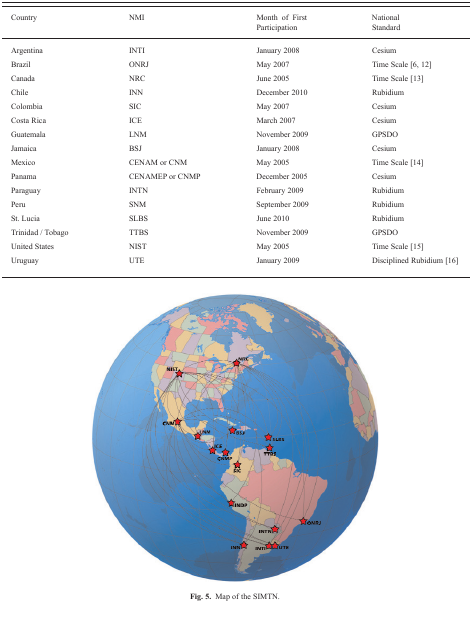
| Country | NMI | Month of First Participation | National Standard |
 | --- | --- | --- | --- |
 | Argentina | INTI | January 2008 | Cesium |
 | Brazil | ONRJ | May 2007 | Time Scale [6, 12] |
 | Canada | NRC | June 2005 | Time Scale [13] |
 | Chile | INN | December 2010 | Rubidium |
 | Colombia | SIC | May 2007 | Cesium |
 | Costa Rica | ICE | March 2007 | Cesium |
 | Guatemala | LNM | November 2009 | GPSDO |
 | Jamaica | BSJ | January 2008 | Cesium |
 | Mexico | CENAM or CNM | May 2005 | Time Scale [14] |
 | Panama | CENAMEP or CNMP | December 2005 | Cesium |
 | Paraguay | INTN | February 2009 | Rubidium |
 | Peru | SNM | September 2009 | Rubidium |
 | St. Lucia | SLBS | June 2010 | Rubidium |
 | Trinidad / Tobago | TTBS | November 2009 | GPSDO |
 | United States | NIST | May 2005 | Time Scale [15] |
 | Uruguay | UTE | January 2009 | Disciplined Rubidium [16] |